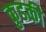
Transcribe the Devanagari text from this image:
कुडकी